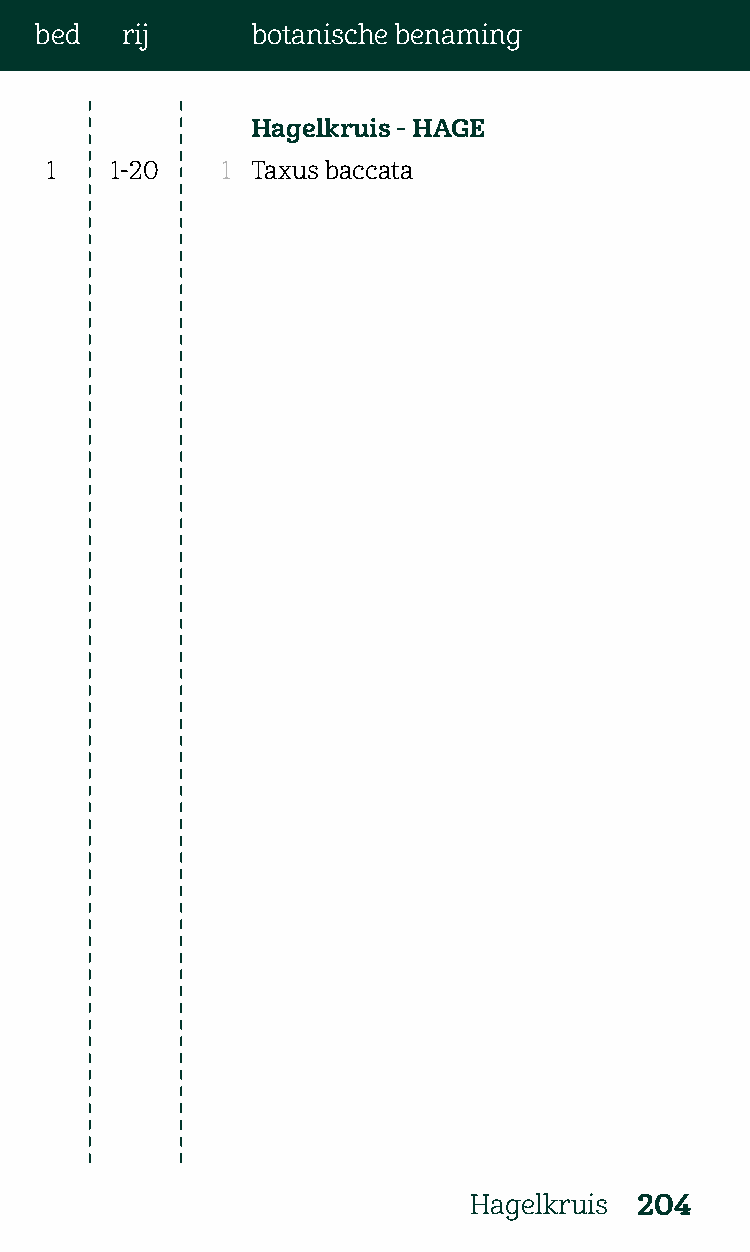
bed   rij      botanische benaming
 Hagelkruis - HAGE
 1   1-20    1 Taxus baccata
 Hagelkruis 204